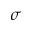
\sigma